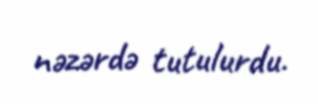
nəzərdə tutulurdu.